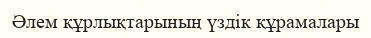
Әлем құрлықтарының үздік құрамалары